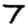
Digit: 7